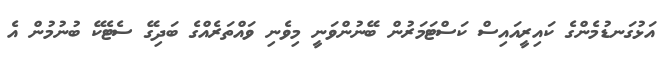
އަޅުގަނޑުމެންގެ ކައިރީއައިސް ކަސްޓަމަރުން ބޭނުންވަނީ މިވެނި ވައްތަރެއްގެ ބަދިގޭ ސެޓެކޭ ބުނުމުން އެ